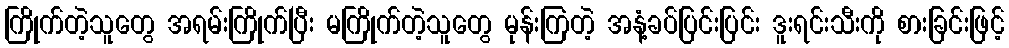
ကြိုက်တဲ့သူတွေ အရမ်းကြိုက်ပြီး မကြိုက်တဲ့သူတွေ မုန်းကြတဲ့ အနံ့ခပ်ပြင်းပြင်း ဒူးရင်းသီးကို စားခြင်းဖြင့်